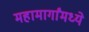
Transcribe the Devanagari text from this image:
महामार्गांमध्ये